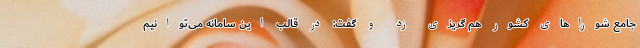
جامع شوراهای کشور هم گریزی زد و گفت: در قالب این سامانه می‌توانیم